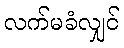
လက်မခံလျှင်